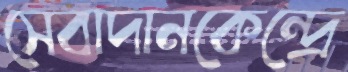
সেবাদানকেন্দ্রে